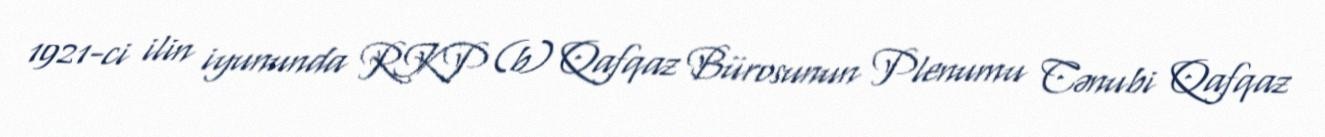
1921-ci ilin iyununda RKP (b) Qafqaz Bürosunun Plenumu Cənubi Qafqaz